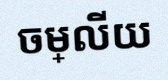
ចម្លើយ